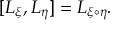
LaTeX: [ { \cal L } _ { \xi } , { \cal L } _ { \eta } ] = { \cal L } _ { \xi \circ \eta } .